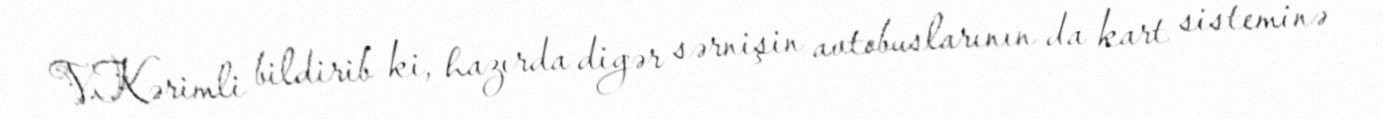
V.Kərimli bildirib ki, hazırda digər sərnişin avtobuslarının da kart sisteminə